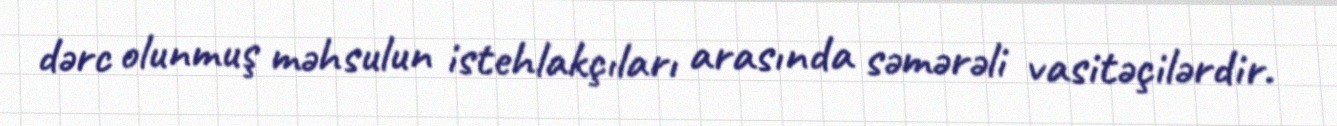
dərc olunmuş məhsulun istehlakçıları arasında səmərəli vasitəçilərdir.